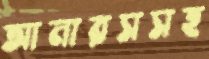
আনারসসহ